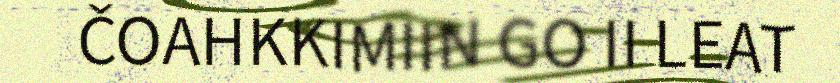
ČOAHKKIMIIN GO II LEAT